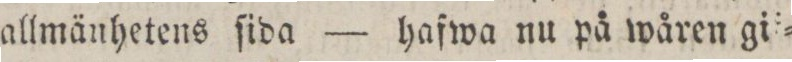
allmänhetens ſida — hafwa nu på wåren gil=